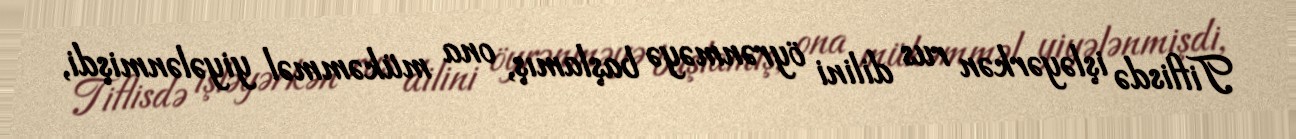
Tiflisdə işləyərkən rus dilini öyrənməyə başlamış, ona mükəmməl yiyələnmişdi,